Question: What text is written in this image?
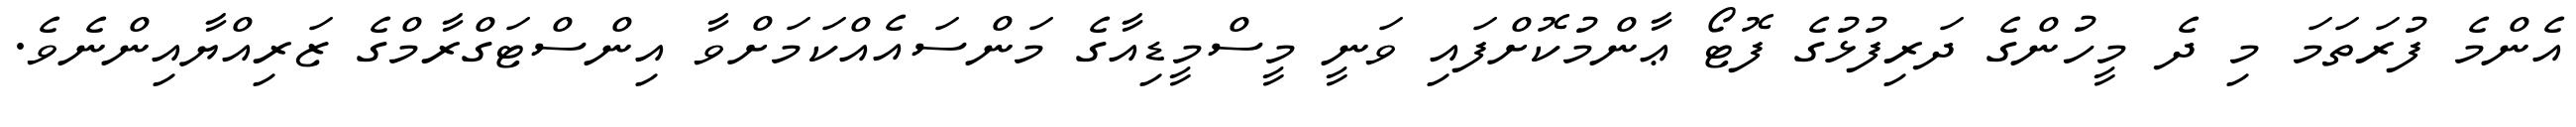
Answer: އެންމެ ފުރަތަމަ މި ދެ މީހުންގެ ދަރިފުޅުގެ ފޮޓޯ ޢާންމުކޮށްފައި ވަނީ މީސްމީޑިއާގެ މަންސައެއްކަމަށްވާ އިންސްޓަގްރާމްގެ ޒަރިއްޔާއިންނެވެ.